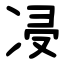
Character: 㓎